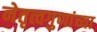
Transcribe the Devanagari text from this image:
नेतृत्वगुणांच्या